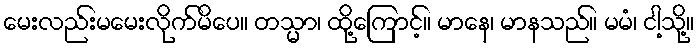
မေးလည်းမမေးလိုက်မိပေ။ တသ္မာ၊ ထို့ကြောင့်။ မာနေ၊ မာနသည်။ မမံ၊ ငါ့သို့။